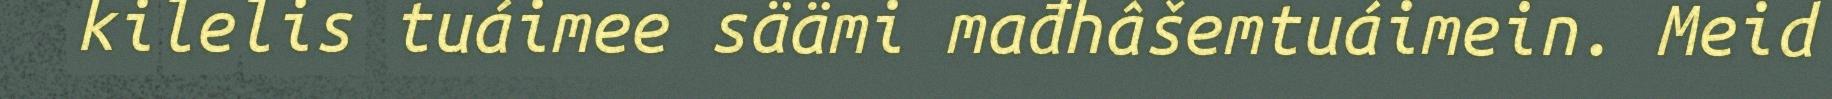
kilelis tuáimee säämi mađhâšemtuáimein. Meid